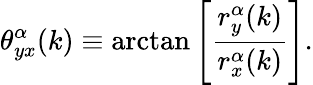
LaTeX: \theta_{yx}^{\alpha}(k)\equiv\arctan\left[\frac{r_{y}^{\alpha}(k)}{r_{x}^{\alpha}(k)}\right].